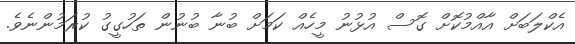
އެކްލަބަށް އާއްމުކޮށް ގޮސް އުޅުނު މީހެއް ކަމަށް ބުނާ ބުނުން ތަހުގީގު ކުރަމުންނެވެ.